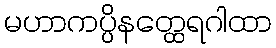
မဟာကပ္ပိနတ္ထေရဂါထာ